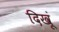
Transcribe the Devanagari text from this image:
दिखूं